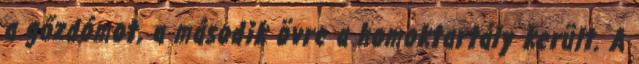
a gőzdómot, a második övre a homoktartály került. A